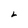
Character: L